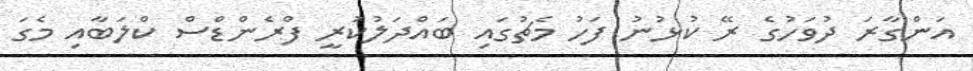
އަންގާރަ ދުވަހުގެ ރޭ ކުޅުނު ފަހު މެޗުގައި ބައްދަލުކުރީ ފްރެންޑްސް ކްލަބާއި މެގަ